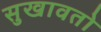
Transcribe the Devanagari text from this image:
सुखावतो